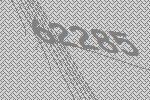
62285